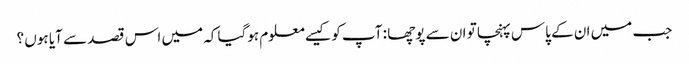
جب میں ان کے پاس پہنچا تو ان سے پوچھا : آپ کو کیسے معلوم ہوگیا کہ میں اس قصد سے آیا ہوں ؟